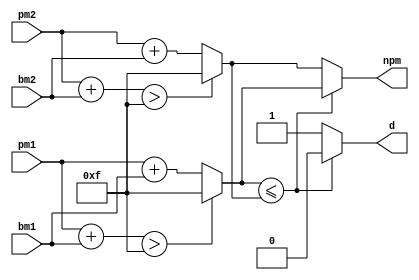
/**
 * This is written by Zhiyang Ong 
 * and Andrew Mattheisen 
 */
module add_compare_select (npm, d, pm1, bm1, pm2, bm2);
	/**
	 * WARNING TO DEVELOPER(S)!!!
	 *
	 * CHECK/VERIFY THAT THE WIDTH OF ALL THE PATH METRIC BUSES
	 * ARE THE SAME
	 *
	 * SUCH BUSES INCLUDE npm, pm1, pm2, add1, and add2
	 *
	 * THE FOLLOWING BUSES ARE NOT INCLUDED: bm1, bm2, add_temp1,
	 * and add_temp2
	 *
	 * NOTE THAT THE WIDTHS OF add_temp1 AND add_temp2 ARE ONE GREATER
	 * THAN THOSE OF THE PATH METRIC BUSES
	 */


	
	// Output signals for the design module
	/**
	 * New path metric - It keeps growing, so reasonable number
	 * of bits have to be chosen so that npm is unlikely to overflow
	 * Number of bits chosen = 4
	 *
	 * To handle overflows, I have decided to saturate the result
	 * of the computation at 2^n - 1 = 2^4 - 1 = 15
	 */
	output [3:0] npm;
	// Decision bit from the add-compare-select unit
	output d;
	
	
	// Input signals for the design module
	// Current path metric #1 for a set of addition
	input [3:0] pm1;
	// Branch metric #1 for a set of addition
	input [1:0] bm1;
	// Current path metric #2 for another set of addition
	input [3:0] pm2;
	// Branch metric #2 for another set of addition
	input [1:0] bm2;
	
	// Declare "reg" signals... that will be assigned values
	reg [3:0] npm;
	reg d;
	/**
	 * Result of the additions in the first stage of the
	 * add-compare-select unit
	 */
	// Result of a set of addition
	reg [3:0] add1;
	// Result of another set of addition
	reg [3:0] add2;
	// Temporary storage for a set of addition to check for overflow
	reg [4:0] add_temp1;
	// Temporary storage for another set of addition to check for overflow
	reg [4:0] add_temp2;



	
	// Declare "wire" signals...
	// Defining constants: parameter [name_of_constant] = value;
	// Maximum value that can be stored in a 4-bit bus
	parameter max_add = 4'd15;


	/**
	 * Perform the addition stage of the add-compare-select unit
	 * Result of a set of addition
	 */
	always @ (pm1 or bm1)
	begin
		// Add the operands and temporary store them
		add_temp1 = pm1 + bm1;
		// Did the (temporary) addition cause an overflow
		if(add_temp1 > max_add)
		begin
			/**
			 * Yes... An overflow has occurred.
			 * Saturate the addition to max_add
			 */
			add1 = max_add;
		end
		else
		begin
			/**
			 * An overflow did not occur with the addition of 2
			 * numbers. Hence, the result of the addition is the
			 * sum of the 2 numbers.
			 */
			add1 = pm1 + bm1;
		end
	end
	
	/**
	 * Perform the addition stage of the add-compare-select unit
	 * Result of another set of addition
	 */
	always @ (pm2 or bm2)
	begin
		// Add the operands and temporary store them
		add_temp2 = pm2 + bm2;
		// Did the (temporary) addition cause an overflow
		if(add_temp2 > max_add)
		begin
			/**
			 * Yes... An overflow has occurred.
			 * Saturate the addition to max_add
			 */
			add2 = max_add;
		end
		else
		begin
			/**
			 * An overflow did not occur with the addition of 2
			 * numbers. Hence, the result of the addition is the
			 * sum of the 2 numbers.
			 */
			add2 = pm2 + bm2;
		end
	end
	
	// ========================================================
	
	// Perform the compare stage of the add-compare-select unit
	always @ (add1 or add2)
	begin
		if(add1 <= add2)
		begin
			// Select path 1 ==> d=0
			d = 1'b0;
		end
		else
		begin
			// Select path 2 ==> d=1
			d = 1'b1;
		end
	end
	
	// ========================================================
	
	// Perform the select stage of the add-compare-select unit
	always @ (d or add1 or add2)
	begin
		if(d)
		begin
			// Select path 2... add1 < add2
			npm = add2;
		end
		else
		begin
			// Select path 1... add1 >= add2
			npm = add1;
		end
	end
	
	
	
endmodule


///////////////////////////////////////////////////////////////////////////////
/// Andrew Mattheisen amattheisen@yahoo.com
/// Zhiyang Ong zhiyang@ieee.org
///
/// EE-577b 2007 fall
/// VITERBI DECODER 
/// bmu module
///
///////////////////////////////////////////////////////////////////////////////

module bmu (cx0, cx1, bm0, bm1, bm2, bm3, bm4, bm5, bm6, bm7);

   // outputs
   output [1:0] bm0, bm1, bm2, bm3, bm4, bm5, bm6, bm7;

   // inputs
   input  	cx0, cx1;

   // registers
   reg [1:0] 	bm0, bm1, bm2, bm3, bm4, bm5, bm6, bm7;

   always@ (cx0 or cx1)
	 begin
	    if (cx0==0 && cx1==0)
	      begin
	        bm0 <= 2'd0; // this is going from 00 to 00
	    	bm1 <= 2'd2; // this is going from 00 to 10
	   	bm2 <= 2'd2; // this is going from 01 to 00
	    	bm3 <= 2'd0; // this is going from 01 to 10
	    	bm4 <= 2'd1; // this is going from 10 to 01
	    	bm5 <= 2'd1; // this is going from 10 to 11
	    	bm6 <= 2'd1; // this is going from 11 to 01
	    	bm7 <= 2'd1; // this is going from 11 to 11
	      end
	    else if (cx0==0 && cx1==1)
	      begin
	        bm0 <= 2'd1; // this is going from 00 to 00
	    	bm1 <= 2'd1; // this is going from 00 to 10
	   	bm2 <= 2'd1; // this is going from 01 to 00
	    	bm3 <= 2'd1; // this is going from 01 to 10
	    	bm4 <= 2'd2; // this is going from 10 to 01
	    	bm5 <= 2'd0; // this is going from 10 to 11
	    	bm6 <= 2'd0; // this is going from 11 to 01
	    	bm7 <= 2'd2; // this is going from 11 to 11
	      end
	    else if (cx0==1 && cx1==0)
	      begin
	        bm0 <= 2'd1; // this is going from 00 to 00
	    	bm1 <= 2'd1; // this is going from 00 to 10
	   	bm2 <= 2'd1; // this is going from 01 to 00
	    	bm3 <= 2'd1; // this is going from 01 to 10
	    	bm4 <= 2'd0; // this is going from 10 to 01
	    	bm5 <= 2'd2; // this is going from 10 to 11
	    	bm6 <= 2'd2; // this is going from 11 to 01
	    	bm7 <= 2'd0; // this is going from 11 to 11
	      end
	    else if (cx0==1 && cx1==1)
	      begin
	        bm0 <= 2'd2; // this is going from 00 to 00
	    	bm1 <= 2'd0; // this is going from 00 to 10
	   	bm2 <= 2'd0; // this is going from 01 to 00
	    	bm3 <= 2'd2; // this is going from 01 to 10
	    	bm4 <= 2'd1; // this is going from 10 to 01
	    	bm5 <= 2'd1; // this is going from 10 to 11
	    	bm6 <= 2'd1; // this is going from 11 to 01
	    	bm7 <= 2'd1; // this is going from 11 to 11
	      end

	 end // always @ (posedge clk)
endmodule


/*
 Andrew Mattheisen amattheisen@yahoo.com
 Zhiyang Ong zhiyang@ieee.org

 EE-577b 2007 fall
 VITERBI DECODER 
 2-4demux module used in spdu module
*/

module demux (in0, in1, in2, in3, d0, d1, out);

   // outputs
   output  	out;
   
   // inputs
   input  	in0, in1, in2, in3;
   input 	d0, d1; 
   
   // registers
   reg temp1, temp2, out;
   
   always@(in0 or in1 or in2 or in3 or d0 or d1)
     begin
       temp1 = d0?in1:in0;
       temp2 = d0?in3:in2;
       out =  d1?temp2:temp1;     
     end // always@(in0 or in1 or in2 or in3 or d0 or d1)

endmodule


///////////////////////////////////////////////////////////////////////////////
/// Andrew Mattheisen amattheisen@yahoo.com
/// Zhiyang Ong zhiyang@ieee.org
///
/// EE-577b 2007 fall
/// VITERBI DECODER 
/// pmsm module (Path Metric State Memory)
///
/**
 * @modified by Zhiyang Ong on  November 1, 2007
 *	The reset values for the 2nd to the 4th
 *	registers are modified to achieve a unique solution,
 *	and avoid a set of equivalent paths for the solution.
 *	See subsequent comments in the code for further
 *	elaboration
 */
///  @modified by AJM - uncommented the change mentioned above
///////////////////////////////////////////////////////////////////////////////

module pmsm (npm0, npm1, npm2, npm3, pm0, pm1, pm2, pm3, clk, reset);

   // outputs
   output [3:0] pm0, pm1, pm2, pm3;

   // inputs
   input  	clk, reset;
   input [3:0] 	npm0, npm1, npm2, npm3;

   reg [3:0] 	pm0, pm1, pm2, pm3;
   reg [3:0] 	npm0norm, npm1norm, npm2norm, npm3norm;
   
   // Defining constants: parameter [name_of_constant] = value;
   parameter saturating_value = 4'd15;
   
   always @ (npm0 or npm1 or npm2 or npm3)
	 begin
	   if ((npm0 <= npm1)&&(npm0 <= npm2)&&(npm0 <= npm3))
	     begin
	       npm0norm <= 0;
	       npm1norm <= npm1-npm0;
	       npm2norm <= npm2-npm0;
	       npm3norm <= npm3-npm0;
	     end
	   else if ((npm1 <= npm0)&&(npm1 <= npm2)&&(npm1 <= npm3))
	     begin
	       npm0norm <= npm0-npm1;
	       npm1norm <= 0;
	       npm2norm <= npm2-npm1;
	       npm3norm <= npm3-npm1;
	     end
	   else if ((npm2 <= npm0)&&(npm2 <= npm1)&&(npm2 <= npm3))
	     begin
	       npm0norm <= npm0-npm2;
	       npm1norm <= npm1-npm2;
	       npm2norm <= 0;
	       npm3norm <= npm3-npm2;
	     end
	   else if ((npm3 <= npm0)&&(npm3 <= npm1)&&(npm3 <= npm2))
	     begin
	       npm0norm <= npm0-npm3;
	       npm1norm <= npm1-npm3;
	       npm2norm <= npm2-npm3;
	       npm3norm <= 0;
	     end
	 end // always @ (npm0 or npm1 or npm2 or npm3)


	/**
	 * @modified by Zhiyang Ong, November 1, 2007
	 * Note that the first register is reset to zero,
	 * and the rest are reset to infinity, which is
	 * represented by the saturating value of 15
	 * = 2^n - 1 = 2^4 - 1.
	 *
	 * This prevents the solution from arriving at a
	 * set of false/incorrect set of equivalent
	 * paths in the Trellis diagram. Multiple paths
	 * with zero costs indicate no unique solution.
	 * Also, these infinite/saturated values will be
	 * "removed"/diminished in 2 clock cycles.
	 */
   always @ (posedge clk)
	 begin
		if (reset)
		  begin
		    pm0 <= 4'd0;
		    pm1 <= saturating_value;
		    pm2 <= saturating_value;
		    pm3 <= saturating_value;
		  end
		else
		  begin
		    pm0 <= npm0norm;
		    pm1 <= npm1norm;
		    pm2 <= npm2norm;
		    pm3 <= npm3norm;
		  end
	 end // always @ (posedge clk)
endmodule
/*
 Andrew Mattheisen amattheisen@yahoo.com
 Zhiyang Ong zhiyang@ieee.org

 EE-577b 2007 fall
 VITERBI DECODER 
 selector module
*/

module selector (pm0, pm1, pm2, pm3, d0, d1);

   // outputs
   output  	d0, d1;
   
   // inputs
   input [3:0] 	pm0, pm1, pm2, pm3;
   
   // registers
   reg   	d0, d1;
   reg [1:0]	int0, int1;
   reg [3:0]	pm_int0, pm_int1;

   always @ (pm0 or pm1 or pm2 or pm3)
	 begin
		int0 = (pm0<=pm1)?2'd0:2'd1; // select smaller of pm0 or pm1 
		int1 = (pm2<=pm3)?2'd2:2'd3; // select smaller of pm2 or pm3
		pm_int0 = (pm0<=pm1)?pm0:pm1; // select smaller of pm0 or pm1
		pm_int1 = (pm2<=pm3)?pm2:pm3; // select smaller of pm2 or pm3
		{d1,d0} = (pm_int0<=pm_int1)?int0:int1; // create control signals d0 and d1
	 end // always @ (pm0 or pm1 or pm2 or pm3)


endmodule
/*
 Andrew Mattheisen amattheisen@yahoo.com
 Zhiyang Ong zhiyang@ieee.org

 EE-577b 2007 fall
 VITERBI DECODER 
 spd module
 
 @modified by Zhiyang Ong on November 1, 2007
 The output out signal must be of the data type reg
 I had to reallocate this data-type reg.
 Correction: It is relabelled to the wire data type since
 it is not used again, or explicitly assigned a value in
 this module
*/


module spd (d0, d1, d2, d3, pm0, pm1, pm2, pm3, out, clk, reset);

   // outputs
   output  	out;
   
   // inputs
   input 	d0, d1, d2, d3;
   input [3:0]	pm0, pm1, pm2, pm3; 
   input 	clk, reset;
   
	// @modified by Zhiyang Ong on November 1, 2007
	// Registers...
//	reg out;
/*
	reg selectord0, selectord1;
	reg spdu0out0, spdu0out1, spdu0out2, spdu0out3;
	reg spdu1out0, spdu1out1, spdu1out2, spdu1out3;
	reg spdu2out0, spdu2out1, spdu2out2, spdu2out3;
	reg spdu3out0, spdu3out1, spdu3out2, spdu3out3;
	reg spdu4out0, spdu4out1, spdu4out2, spdu4out3;
	reg spdu5out0, spdu5out1, spdu5out2, spdu5out3;
	reg spdu6out0, spdu6out1, spdu6out2, spdu6out3;
	reg spdu7out0, spdu7out1, spdu7out2, spdu7out3;
	reg spdu8out0, spdu8out1, spdu8out2, spdu8out3;
	reg spdu9out0, spdu9out1, spdu9out2, spdu9out3;
	reg spdu10out0, spdu10out1, spdu10out2, spdu10out3;
	reg spdu11out0, spdu11out1, spdu11out2, spdu11out3;
	reg spdu12out0, spdu12out1, spdu12out2, spdu12out3;
	reg spdu13out0, spdu13out1, spdu13out2, spdu13out3;
	reg spdu14out0, spdu14out1, spdu14out2, spdu14out3;
*/



   // wires
   // @Modified by Zhiyang Ong on November 1, 2007
   wire out;
   
   wire 	selectord0, selectord1;
   wire 	spdu0out0, spdu0out1, spdu0out2, spdu0out3;
   wire 	spdu1out0, spdu1out1, spdu1out2, spdu1out3;
   wire 	spdu2out0, spdu2out1, spdu2out2, spdu2out3;
   wire 	spdu3out0, spdu3out1, spdu3out2, spdu3out3;
   wire 	spdu4out0, spdu4out1, spdu4out2, spdu4out3;
   wire 	spdu5out0, spdu5out1, spdu5out2, spdu5out3;
   wire 	spdu6out0, spdu6out1, spdu6out2, spdu6out3;
   wire 	spdu7out0, spdu7out1, spdu7out2, spdu7out3;
   wire 	spdu8out0, spdu8out1, spdu8out2, spdu8out3;
   wire 	spdu9out0, spdu9out1, spdu9out2, spdu9out3;
   wire 	spdu10out0, spdu10out1, spdu10out2, spdu10out3;
   wire 	spdu11out0, spdu11out1, spdu11out2, spdu11out3;
   wire 	spdu12out0, spdu12out1, spdu12out2, spdu12out3;
   wire 	spdu13out0, spdu13out1, spdu13out2, spdu13out3;
   wire 	spdu14out0, spdu14out1, spdu14out2, spdu14out3;

   spdu spdu0(1'b0, 
   	      1'b0, 
   	      1'b1, 
   	      1'b1, d0, d1, d2, d3,
    	spdu0out0, 
    	spdu0out1, 
    	spdu0out2, 
    	spdu0out3, clk, reset);

   spdu spdu1(spdu0out0, 
   	      spdu0out1, 
   	      spdu0out2, 
   	      spdu0out3, d0, d1, d2, d3,
    	spdu1out0, 
    	spdu1out1, 
    	spdu1out2, 
    	spdu1out3, clk, reset);

   spdu spdu2(spdu1out0, 
   	      spdu1out1, 
   	      spdu1out2, 
   	      spdu1out3, d0, d1, d2, d3,
    	spdu2out0, 
    	spdu2out1, 
    	spdu2out2, 
    	spdu2out3, clk, reset);

   spdu spdu3(spdu2out0, 
   	      spdu2out1, 
   	      spdu2out2, 
   	      spdu2out3, d0, d1, d2, d3,
    	spdu3out0, 
    	spdu3out1, 
    	spdu3out2, 
    	spdu3out3, clk, reset);

   spdu spdu4(spdu3out0, 
   	      spdu3out1, 
   	      spdu3out2, 
   	      spdu3out3, d0, d1, d2, d3,
    	spdu4out0, 
    	spdu4out1, 
    	spdu4out2, 
    	spdu4out3, clk, reset);

   spdu spdu5(spdu4out0, 
   	      spdu4out1, 
   	      spdu4out2, 
   	      spdu4out3, d0, d1, d2, d3,
    	spdu5out0, 
    	spdu5out1, 
    	spdu5out2, 
    	spdu5out3, clk, reset);

   spdu spdu6(spdu5out0, 
   	      spdu5out1, 
   	      spdu5out2, 
   	      spdu5out3, d0, d1, d2, d3,
    	spdu6out0, 
    	spdu6out1, 
    	spdu6out2, 
    	spdu6out3, clk, reset);

   spdu spdu7(spdu6out0, 
   	      spdu6out1, 
   	      spdu6out2, 
   	      spdu6out3, d0, d1, d2, d3,
    	spdu7out0, 
    	spdu7out1, 
    	spdu7out2, 
    	spdu7out3, clk, reset);

   spdu spdu8(spdu7out0, 
   	      spdu7out1, 
   	      spdu7out2, 
   	      spdu7out3, d0, d1, d2, d3,
    	spdu8out0, 
    	spdu8out1, 
    	spdu8out2, 
    	spdu8out3, clk, reset);

   spdu spdu9(spdu8out0, 
   	      spdu8out1, 
   	      spdu8out2, 
   	      spdu8out3, d0, d1, d2, d3,
    	spdu9out0, 
    	spdu9out1, 
    	spdu9out2, 
    	spdu9out3, clk, reset);

   spdu spdu10(spdu9out0, 
   	       spdu9out1, 
   	       spdu9out2, 
   	       spdu9out3, d0, d1, d2, d3,
    	spdu10out0, 
    	spdu10out1, 
    	spdu10out2, 
    	spdu10out3, clk, reset);

   spdu spdu11(spdu10out0, 
   	       spdu10out1, 
   	       spdu10out2, 
   	       spdu10out3, d0, d1, d2, d3,
    	spdu11out0, 
    	spdu11out1, 
    	spdu11out2, 
    	spdu11out3, clk, reset);

   spdu spdu12(spdu11out0, 
   	       spdu11out1, 
   	       spdu11out2, 
   	       spdu11out3, d0, d1, d2, d3,
    	spdu12out0, 
    	spdu12out1, 
    	spdu12out2, 
    	spdu12out3, clk, reset);

   spdu spdu13(spdu12out0, 
   	       spdu12out1, 
   	       spdu12out2, 
   	       spdu12out3, d0, d1, d2, d3,
    	spdu13out0, 
    	spdu13out1, 
    	spdu13out2, 
    	spdu13out3, clk, reset);

   spdu spdu14(spdu13out0, 
   	       spdu13out1, 
   	       spdu13out2, 
   	       spdu13out3, d0, d1, d2, d3,
    	spdu14out0, 
    	spdu14out1, 
    	spdu14out2, 
    	spdu14out3, clk, reset);



   selector selector1 (pm0, pm1, pm2, pm3, selectord0, selectord1);

   demux demux1 (spdu14out0, spdu14out1, spdu14out2, spdu14out3,
	         selectord0, selectord1, out);





endmodule
/*
 Andrew Mattheisen amattheisen@yahoo.com
 Zhiyang Ong zhiyang@ieee.org

 EE-577b 2007 fall
 VITERBI DECODER 
 spdu module
*/

module spdu (in0, in1, in2, in3, d0, d1, d2, d3,
    	       out0, out1, out2, out3, clk, reset);

   // outputs
   output  	out0, out1, out2, out3;
   
   // inputs
   input  	in0, in1, in2, in3;
   input 	d0, d1, d2, d3; 
   input 	clk, reset;
   
   // registers
   reg   	w0, w1, w2, w3;
   reg		out0, out1, out2, out3;

   always @ (d0 or d1 or d2 or d3 or in0 or in1 or in2 or in3)
	 begin
		w0  <= d0?in1:in0; // select 0 or 1
		w1  <= d1?in3:in2; // select 2 or 3
		w2  <= d2?in1:in0; // select 0 or 1
		w3  <= d3?in3:in2; // select 2 or 3
	 end // always @ (d0 or d1 or d2 or d3 or in0 or in1 or in2 or in3)


   always @ (posedge clk)
	 begin
		if (reset)
		  begin
		    out0 <= 1'b0;
		    out1 <= 1'b0;
		    out2 <= 1'b0;
		    out3 <= 1'b0;
		  end
		else
		  begin
		    out0 <= w0;
		    out1 <= w1;
		    out2 <= w2;
		    out3 <= w3;
		  end
	 end // always @ (posedge clk)


endmodule
/**
 * This is written by Zhiyang Ong (zhiyango@usc.edu; 6004 9194 12)
 * and Andrew Mattheisen (mattheis@usc.edu; 2134 5147 11)
 */

/**
 * Import the design modules for other design submodules
 *
 * Include statements for design modules/files need to be commented
 * out when I use the Make environment - similar to that in
 * Assignment/Homework 3.
 *
 * Else, the Make/Cadence environment will not be able to locate
 * the files that need to be included.
 *
 * The Make/Cadence environment will automatically search all
 * files in the design/ and include/ directories of the working
 * directory for this project that uses the Make/Cadence
 * environment for the design modules
 *
 * If the ".f" files are used to run NC-Verilog to compile and
 * simulate the Verilog testbench modules, use this include
 * statement
 */

// Design of the Viterbi decoder
module viterbi_decoder (d, cx, clk, reset);
	// Output signals for the design module
	// Decoded output signal from the Viterbi decoder
	output d;
	
	
	
	
	
	// Input signals for the design module
	// Received encoded signal that may have corrupted bits
	input [1:0] cx;
	// Input clock signal for the Viterbi decoder
	input clk;
	// Reset signal for the Viterbi decoder
	input reset;
	
	
	
	
	
	// Declare "reg" signals... that will be assigned values
//	reg d;
	// Set of branch metric outputs from the BMU
//	reg [1:0] brch_met0,brch_met1,brch_met2,brch_met3;
//	reg [1:0] brch_met4,brch_met5,brch_met6,brch_met7;
	
	// Outputs from the ACS units
	// Decision bit output from the ACS units
//	reg d0,d1,d2,d3;
	// Output from the ACS that indicates the new path metric
//	reg [3:0] n_pm0,n_pm1,n_pm2,n_pm3;
	
	// Outputs from the PMSM units
//	reg [3:0] p_m0, p_m1, p_m2, p_m3;
	
	
	

	// Declare "wire" signals...
	wire d;
	
	// Set of branch metric outputs from the BMU
	wire [1:0] brch_met0,brch_met1,brch_met2,brch_met3;
	wire [1:0] brch_met4,brch_met5,brch_met6,brch_met7;
	
	// Outputs from the ACS units
	// Decision bit output from the ACS units
	wire d0,d1,d2,d3;
	// Output from the ACS that indicates the new path metric
	wire [3:0] n_pm0,n_pm1,n_pm2,n_pm3;
	
	// Outputs from the PMSM units
	wire [3:0] p_m0, p_m1, p_m2, p_m3;
	
	
	
	// Defining constants: parameter [name_of_constant] = value;
	
	
	
	/*******************************************************
	 *
	 * Connecting the modules of the Viterbi decoder together
	 * That is, link the following modules together:
	 * # Branch Metric calculation Unit (BMU)
	 * # Add-Compare-Select unit (ACS)
	 * # Survivor Path Decoding Unit (SPDU)
	 * # Survivor Path Decoder (SPD)
	 * # Path Metric State Memory (PMSM)
	 *
	 * Note that the SPD module includes the demux (2-to-4
	 * DEMUX/demultiplexer) and selector.
	 *
	 * The selector chooses the smallest path metric to
	 * create the control signal to select the smallest path
	 *
	 * In addition, note that the SPD module includes 15 SPDU
	 * units.
	 *
	 *
	 *
	 * Basic architecture of the Viterbi decoder:
	 *
	 *  (1)  (4)  (1)   (1)
	 * BMU->ACS->PMSM->SPD
	 *		v ^	   V	^
	 *		| |   |		|
	 *		| -----		|
	 *		|			|
	 *		------------|
	 *
	 *******************************************************
	 */
	
	// =====================================================
	
	/**
	 * Instantiate the BMU to receive inputs for the Viterbi
	 * decoder, and produce outputs for the ACS units
	 *
	 * There is only one BMU for the Viterbi decoder
	 */
	bmu brch_met (cx[0], cx[1],
		brch_met0,brch_met1,brch_met2,brch_met3,
		brch_met4,brch_met5,brch_met6,brch_met7);
	
	// =====================================================
	
	/**
	 * Instantiate the 4 ACS units to receive inputs from
	 * the BMU and the PMSM, and produce outputs for the SPD
	 * and the PMSM
	 *
	 * The assignment of branch and path metrics to each
	 * state is based on the Trellis diagrams for different
	 * inputs for the input code(s), cx or cin
	 *
	 * See the BMU module for the interconnections.
	 */
	 
	// Instantiate the 1st ACS unit
	add_compare_select acs0 (n_pm0, d0,
		p_m0, brch_met0, p_m1, brch_met2);
	// Instantiate the 2nd ACS unit
	add_compare_select acs1 (n_pm1, d1,
		p_m2, brch_met4, p_m3, brch_met6);
	// Instantiate the 3rd ACS unit
	add_compare_select acs2 (n_pm2, d2,
		p_m0, brch_met1, p_m1, brch_met3);
	// Instantiate the 4th ACS unit
	add_compare_select acs3 (n_pm3, d3,
		p_m2, brch_met5, p_m3, brch_met7);
		
	// =====================================================
	
	/**
	 * Instantiate the PMSM that contains a set of 4
	 * registers, and circuitry to normalize the path metrics
	 * by subtracting the smallest path metric from all of
	 * the path metrics
	 * 
	 * There is only one PMSM for the Viterbi decoder
	 */
	pmsm path_metric_sm (n_pm0, n_pm1, n_pm2, n_pm3,
		p_m0, p_m1, p_m2, p_m3, clk, reset);
	
	// =====================================================
	
	/**
	 * Instantiate the SPD that uses the current path metric
	 * and the decision bits to determine the optimal path
	 * for Viterbi decoding using dynamic programming
	 * 
	 * There is only one SPD for the Viterbi decoder
	 */
	spd survivor_path_dec (d0, d1, d2, d3, p_m0, p_m1, p_m2, p_m3,
		d, clk, reset);
	
endmodule